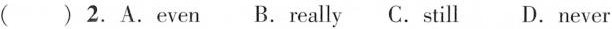
( )2.A.even B.really C.still D.never